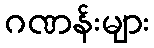
ဂဏန်းများ